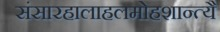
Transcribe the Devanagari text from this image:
संसारहालाहलमोहशान्त्यै